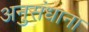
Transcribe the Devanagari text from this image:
अनुसंधाना